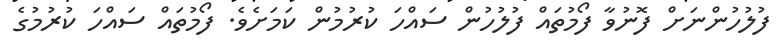
ފުލުހުންނަށް ފޮނުވާ ފޯމުތައް ފުލުހުން ސައްހަ ކުރުމުން ކަމަށެވެ. ފޯމުތައް ސައްހަ ކުރުމުގެ